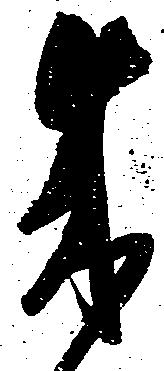
成